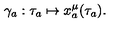
\gamma _ { a } : \tau _ { a } \mapsto x _ { a } ^ { \mu } ( \tau _ { a } ) .